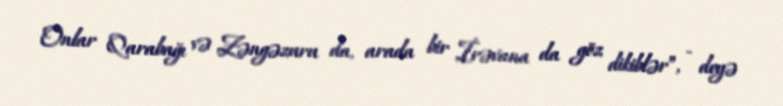
Onlar Qarabağı və Zəngəzuru da, arada bir İrəvana da göz dikiblər”, - deyə